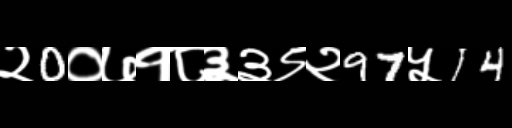
Text: २0०७१८३३९२97५14